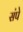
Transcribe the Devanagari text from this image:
संपे